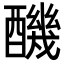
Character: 䤒